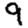
Digit: 9